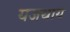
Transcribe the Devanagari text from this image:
यजथाय